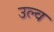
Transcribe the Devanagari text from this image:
उल्व